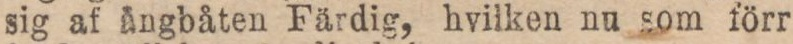
sig af ångbåten Färdig, hvilken nu som förr